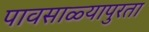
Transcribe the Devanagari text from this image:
पावसाळ्यापुरता